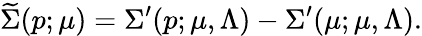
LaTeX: \widetilde\Sigma(p;\mu)=\Sigma^{\prime}(p;\mu,\Lambda)-\Sigma^{\prime}(\mu;\mu,\Lambda).